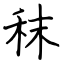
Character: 秣